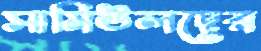
সামিউলদের